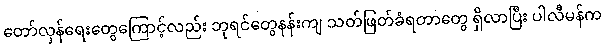
တော်လှန်ရေးတွေကြောင့်လည်း ဘုရင်တွေနန်းကျ သတ်ဖြတ်ခံရတာတွေ ရှိလာပြီး ပါလီမန်က